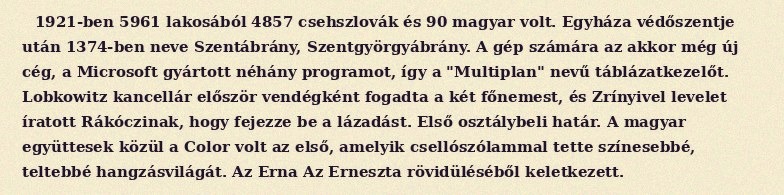
1921-ben 5961 lakosából 4857 csehszlovák és 90 magyar volt. Egyháza védőszentje után 1374-ben neve Szentábrány, Szentgyörgyábrány. A gép számára az akkor még új cég, a Microsoft gyártott néhány programot, így a "Multiplan" nevű táblázatkezelőt. Lobkowitz kancellár először vendégként fogadta a két főnemest, és Zrínyivel levelet íratott Rákóczinak, hogy fejezze be a lázadást. Első osztálybeli határ. A magyar együttesek közül a Color volt az első, amelyik csellószólammal tette színesebbé, teltebbé hangzásvilágát. Az Erna Az Erneszta rövidüléséből keletkezett.